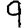
Digit: 9